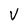
Character: V